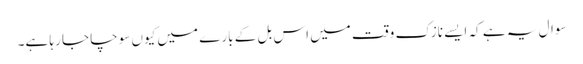
سوال یہ ہے کہ ایسے نازک وقت میں اس بل کے بارے میں کیوں سوچا جا رہا ہے۔